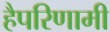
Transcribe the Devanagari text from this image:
हैपरिणामी